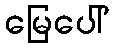
မြေပေါ်